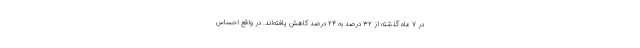
در ۷ ماه گذشته از ۳۲ درصد به ۲۴ درصد کاهش یافته‌اند. در واقع احساس